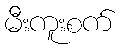
မီးကူးစက်